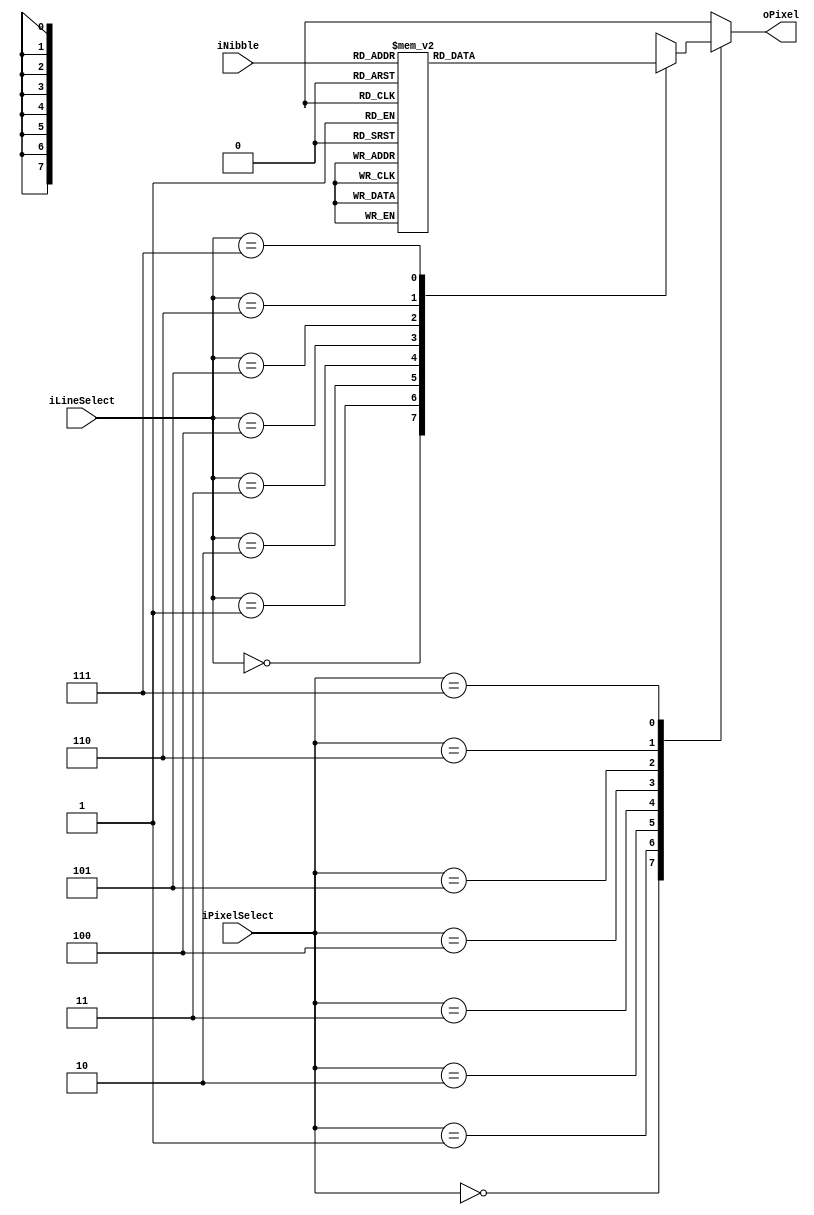
module HexFont (
	input wire [3:0] iNibble,
	input wire [2:0] iLineSelect,
	input wire [2:0] iPixelSelect,
	output reg       oPixel
);

reg [63:0] NibbleBitmap;
reg [ 7:0] NibbleLine;

always @(*) begin
	case (iNibble)
		4'h0: NibbleBitmap = 64'b0000000000111000010001000100110001010100011001000100010000111000;
		4'h1: NibbleBitmap = 64'b0000000000010000001100000001000000010000000100000001000000111000;
		4'h2: NibbleBitmap = 64'b0000000000111000010001000000010000001000000100000010000001111100;
		4'h3: NibbleBitmap = 64'b0000000000111000010001000000010000011000000001000100010000111000;
		4'h4: NibbleBitmap = 64'b0000000000001000000110000010100001001000011111000000100000011100;
		4'h5: NibbleBitmap = 64'b0000000001111100010000000111100000000100000001000100010000111000;
		4'h6: NibbleBitmap = 64'b0000000000111000010000000111100001000100010001000100010000111000;
		4'h7: NibbleBitmap = 64'b0000000001111100000001000000010000001000000100000001000000010000;
		4'h8: NibbleBitmap = 64'b0000000000111000010001000100010000111000010001000100010000111000;
		4'h9: NibbleBitmap = 64'b0000000000111000010001000100010001000100001111000000010000111000;
		4'hA: NibbleBitmap = 64'b0000000000010000001010000010100001000100011111000100010001000100;
		4'hB: NibbleBitmap = 64'b0000000001111000010001000100010001111000010001000100010001111000;
		4'hC: NibbleBitmap = 64'b0000000000111000010001000100000001000000010000000100010000111000;
		4'hD: NibbleBitmap = 64'b0000000001111000010001000100010001000100010001000100010001111000;
		4'hE: NibbleBitmap = 64'b0000000001111100010000000100000001111000010000000100000001111100;
		4'hF: NibbleBitmap = 64'b0000000001111100010000000100000001111000010000000100000001000000;
	endcase
end

always @(*) begin
	case (iLineSelect)
		3'h0: NibbleLine = NibbleBitmap[63:56];
		3'h1: NibbleLine = NibbleBitmap[55:48];
		3'h2: NibbleLine = NibbleBitmap[47:40];
		3'h3: NibbleLine = NibbleBitmap[39:32];
		3'h4: NibbleLine = NibbleBitmap[31:24];
		3'h5: NibbleLine = NibbleBitmap[23:16];
		3'h6: NibbleLine = NibbleBitmap[15: 8];
		3'h7: NibbleLine = NibbleBitmap[ 7: 0];
	endcase
end

	always @(*) begin
		case (iPixelSelect)
		3'h0: oPixel = NibbleLine[7];
		3'h1: oPixel = NibbleLine[6];
		3'h2: oPixel = NibbleLine[5];
		3'h3: oPixel = NibbleLine[4];
		3'h4: oPixel = NibbleLine[3];
		3'h5: oPixel = NibbleLine[2];
		3'h6: oPixel = NibbleLine[1];
		3'h7: oPixel = NibbleLine[0];
		endcase
	end

endmodule